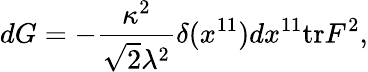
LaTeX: dG=-{\frac{\kappa^{2}}{\sqrt{2}\lambda^{2}}}\delta(x^{11})dx^{11}\mathrm{tr}F^{2},